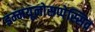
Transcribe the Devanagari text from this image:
इम्मयूनोसप्पेस्सिव